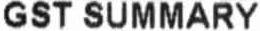
GST SUMMARY